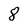
Character: 8